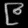
Digit: ၉